Annual administration report of the Civil Veterinary Department, Sind - 1942-1943
Year: 1942
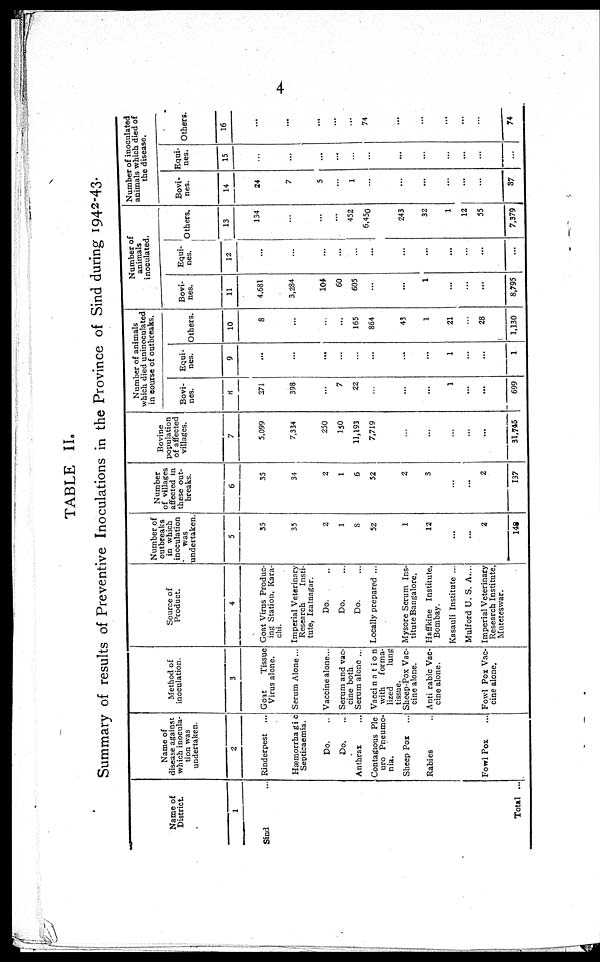
4
TABLE
II.
Summary of results of Preventive Inoculations in the Province of Sind during 1942-43.
Name of
District.
1
Sind ...
Total ...
Name of
disease against
which inocula-
tion was
undertaken.
2
Rinderpest
...
Hæmorrhagic
Septicaemia.
Do. ..
Do. ..
Anthrax
...
Contagious Ple
uro Pneumo-
nia.
Sheep Pox ...
Rabies ..
Fowl Pox ...
Method of
inoculation.
3
Goat
Tissue
Virus alone.
Serum Alone ...
Vaccine alone...
Serum and vac-
cine both.
Serum alone ...
Vaccination
with
forma-
lized
lung
tissue.
Sheep-Pox Vac-
cine alone.
Anti rabic Vac-
cine alone.
Fowl Pox Vac-
cine alone.
Source of
Product.
4
Goat Virus Produc-
ing Station, Kara-
chi.
Imperial Veterinary
Research
Insti-
tute, Izatnagar.
Do. ..
Do. ...
Do. ...
Locally prepared ...
Mysore Serum Ins-
titute Bangalore.
Haffkine Institute,
Bombay.
Kasauli Institute ...
Malford U. S. A. ...
Imperial Veterinary
Research Institute,
Muteteswar.
Number of
outbreaks
in which
inoculation
was
undertaken.
5
35
35
2
1
8
52
1
12
...
...
2
148
Number
of villages
affected in
these out-
breaks.
6
35
34
2
1
6
52
2
3
...
...
2
137
Bovine
population
of affected
villages.
7
5.099
7,334
250
150
11,193
7,719
...
...
...
...
...
31,745
Number of animals
which died uninoculated
in course of outbreaks.
Bovi-
nes.
8
371
398
...
7
22
...
...
1
...
...
699
Equi-
nes.
9
...
...
...
...
...
...
...
...
1
...
...
1
Others.
10
3
...
...
...
165
864
43
1
21
28
1,130
Number of
animals
inoculated.
Bovi-
nes.
11
4,681
3,284
104
60
605
...
...
1
...
...
...
8,795
Equi-
nes.
12
...
...
...
...
...
...
...
...
...
...
...
...
Others.
13
134
...
...
...
452
6,45o
243
32
1
12
55
7,379
Number of inoculated
animals which died of
the disease.
Bovi-
nes.
14
24
7
5
...
1
...
...
...
...
...
...
37
Equi-
nes.
15
...
...
...
...
...
...
...
...
...
...
...
...
Others.
16
...
...
...
...
...
74
...
...
...
...
...
74